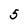
Character: 5